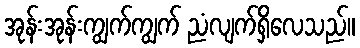
အုန်းအုန်းကျွက်ကျွက် ညံလျက်ရှိလေသည်။